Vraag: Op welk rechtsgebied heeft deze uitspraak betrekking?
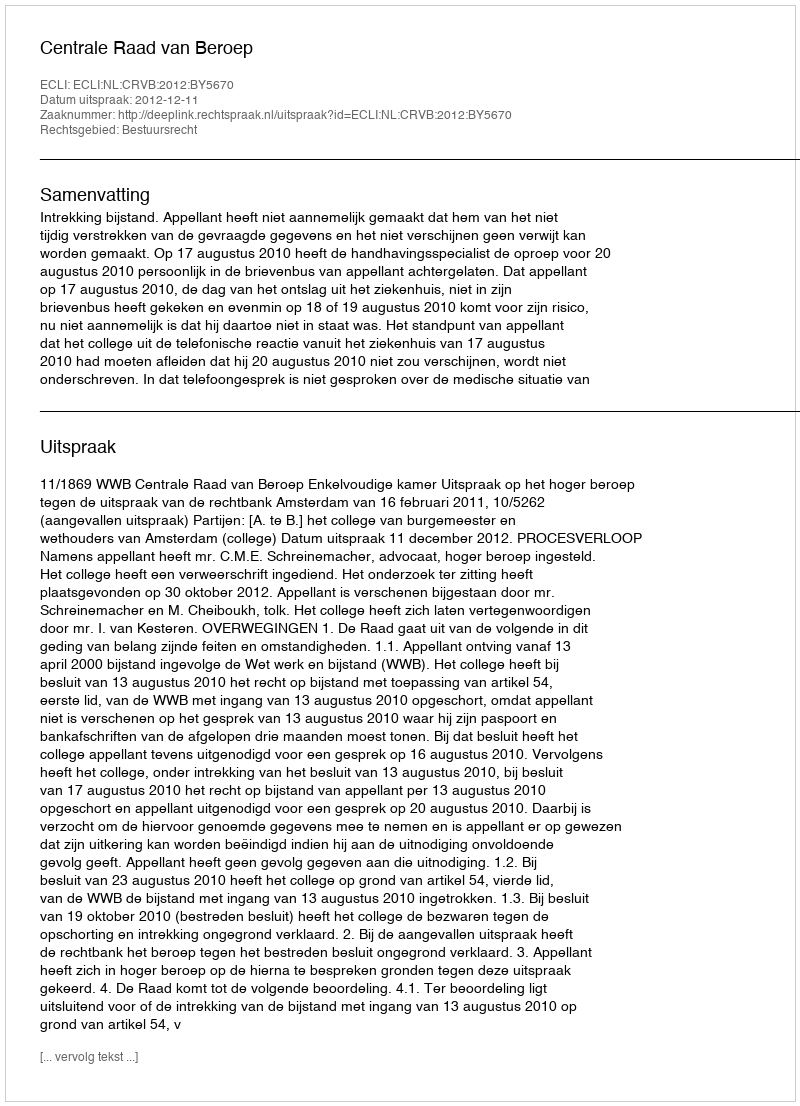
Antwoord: Bestuursrecht